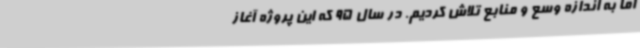
اما به اندازه وسع و منابع تلاش کردیم. در سال 95 که این پروژه آغاز